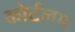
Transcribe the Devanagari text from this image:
कोर्टलम